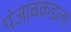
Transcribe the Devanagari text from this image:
पंजाबकडला